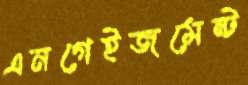
এনগেইজমেন্ট